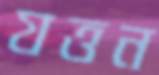
যত্তন